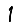
Digit: 1